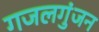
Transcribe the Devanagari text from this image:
गजलगुंजन